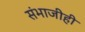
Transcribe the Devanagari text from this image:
संभाजीही